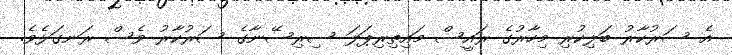
އެ ސަރުކާރު ބަލިކުރި މިހާރުގެ ރައީސް މައިތިރިޕަލަ ސިރިސޭނާގެ ސަރުކާރު ވެސް ރަނގަޅެވެ.